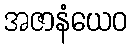
အဇာနံယေဝ